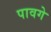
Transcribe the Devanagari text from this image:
पावगे